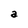
Character: a